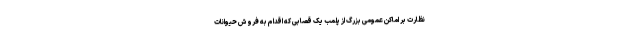
نظارت بر اماکن عمومی بزرگ از پلمب یک قصابی که اقدام به فروش حیوانات